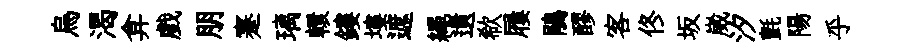
烏渴弇戲朋蹇璃轘鏤塿遮繩遺欷屨鵑醪客佟坂崴汐氈陽乎